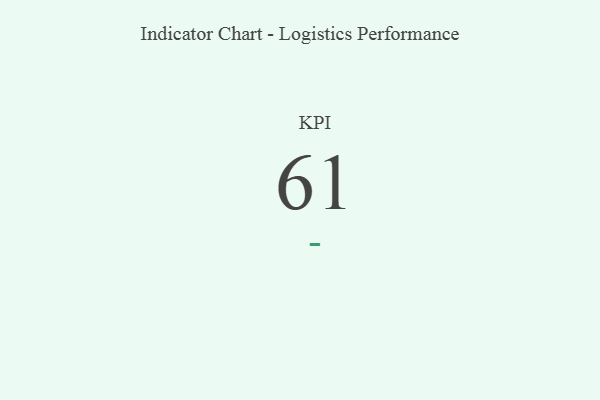
{"axis": {"x": "KPI", "y": "Value"}, "legend": [""], "data": [{"x": "KPI", "y": 61, "type": ""}]}